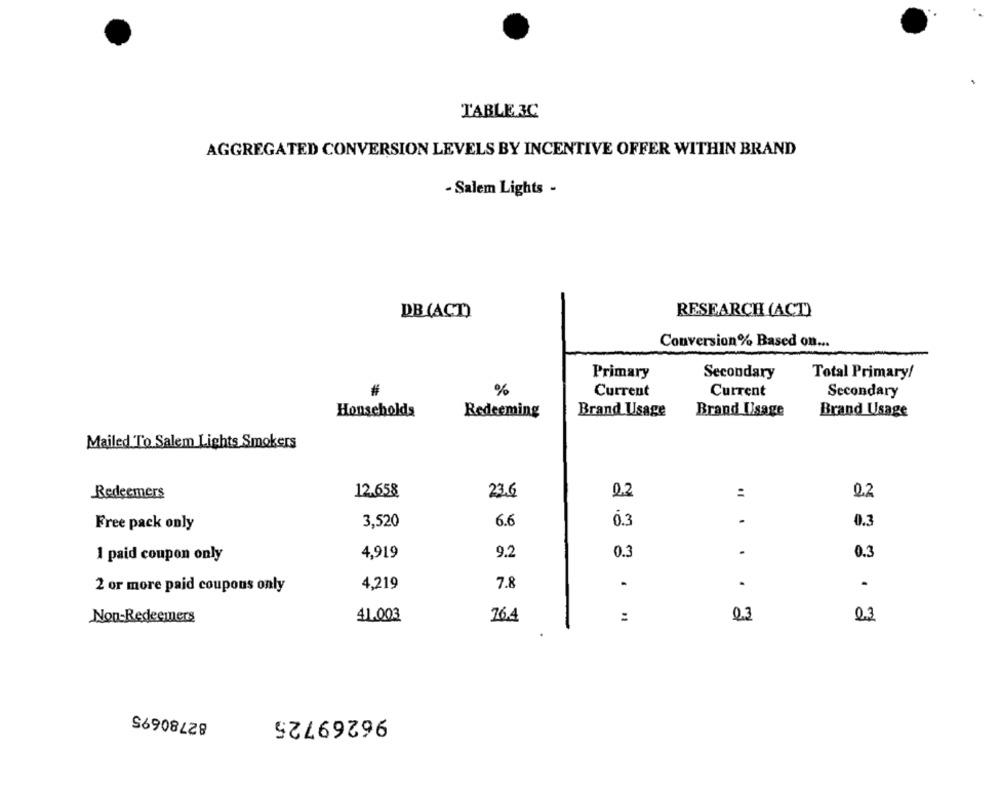
TABLE 3C
AGGREGATED CONVERSION LEVELS BY INCENTIVE OFFER WITHIN BRAND
- Salem Lights -
DB (ACT)
RESEARCH (ACT)
Conversion% Based on ...
Primary
Secondary
Total Primary/
#
%
Current
Current
Secondary
Households
Redeeming
Brand Usage
Brand Usage
Brand Usage
Mailed To Salem Lights Smokers
Redeemers
12.658
23.6
02
:
0.2
6.6
0.3
-
Free pack only
3,520
0.3
4,919
9.2
0.3
.
0.3
1 paid coupon only
4,219
7.8
.
2 or more paid coupons only
41.003
76.4
:
0.3
Non-Redeemers
23
82780695
96269725